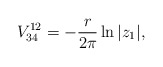
\begin{align*}V_{34}^{12}=-{r \over 2\pi} \ln | z_1| ,\end{align*}